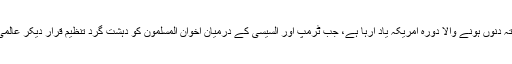
ایسے میں مجھے شدت سےمصر کے آمر صدر جنرل فتح کا گزشتہ دنوں ہونے والا دورہ امریکہ یاد آرہا ہے، جب ٹرمپ اور السیسی کے درمیان اخوان المسلمون کو دہشت گرد تنظیم قرار دیکر عالمی پابندیاں لگانے سے متعقل تجاویز کی خبریں میڈیا کی زینت بنیں۔